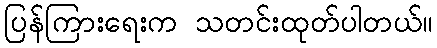
ပြန်ကြားရေးက သတင်းထုတ်ပါတယ်။